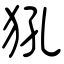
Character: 犼